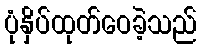
ပုံနှိပ်ထုတ်ဝေခဲ့သည်